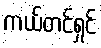
ကယ်တင်ရှင်